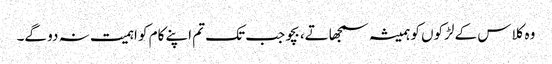
وہ کلاس کے لڑکوں کو ہمیشہ سمجھاتے، بچو جب تک تم اپنے کام کو اہمیت نہ دو گے۔